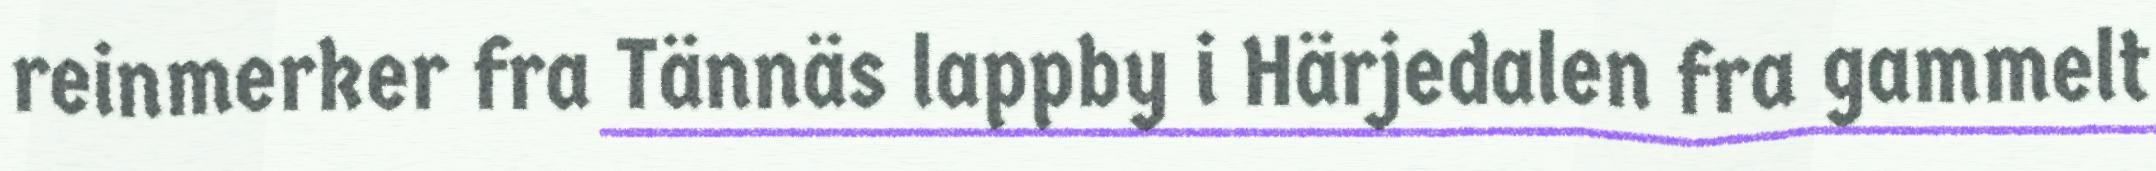
reinmerker fra Tännäs lappby i Härjedalen fra gammelt